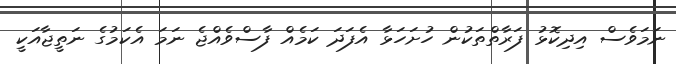
ނަމަވެސް އިދިކޮޅު ފަރާތްތަކުން ހުށަހަޅާ އެފަދަ ކަމެއް ފާސްވެއްޖެ ނަމަ އެކަމުގެ ނަތީޖާއަކީ